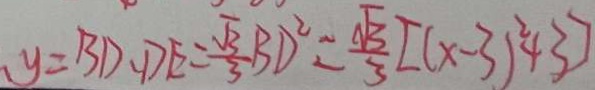
y = B D \cdot D E = \frac { \sqrt { 3 } } { 3 } B D ^ { 2 } = \frac { \sqrt { 3 } } { 3 } [ ( x - 3 ) ^ { 2 } + 3 ]